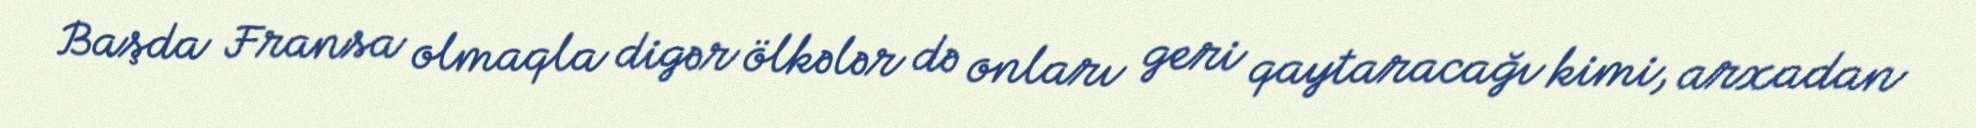
Başda Fransa olmaqla digər ölkələr də onları geri qaytaracağı kimi, arxadan